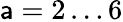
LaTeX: \mathsf{a}=2\dots6